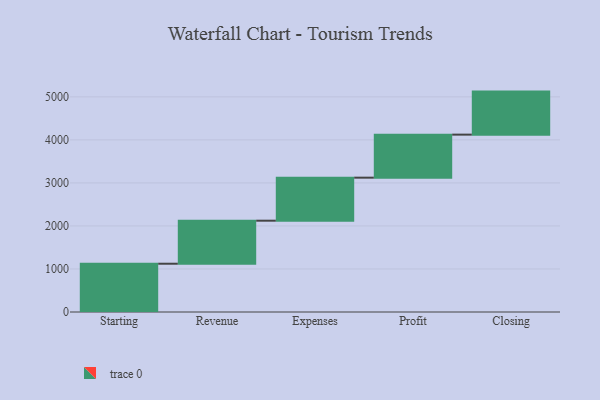
{"axis": {"x": "Step", "y": "Value"}, "legend": [""], "data": [{"x": "Starting", "y": 1122.0, "type": ""}, {"x": "Revenue", "y": 1000, "type": ""}, {"x": "Expenses", "y": 1000, "type": ""}, {"x": "Profit", "y": 1000, "type": ""}, {"x": "Closing", "y": 1000, "type": ""}]}